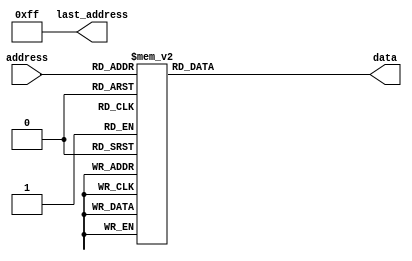
module piano_scale_rom (input [7:0] address, output reg [23:0] data, output [7:0] last_address);
	assign last_address = 255;
	always @ (*) begin
		case(address)
			8'd0: data = 24'd0;
			8'd1: data = 24'd0;
			8'd2: data = 24'd0;
			8'd3: data = 24'd0;
			8'd4: data = 24'd0;
			8'd5: data = 24'd0;
			8'd6: data = 24'd0;
			8'd7: data = 24'd0;
			8'd8: data = 24'd0;
			8'd9: data = 24'd0;
			8'd10: data = 24'd0;
			8'd11: data = 24'd0;
			8'd12: data = 24'd0;
			8'd13: data = 24'd0;
			8'd14: data = 24'd0;
			8'd15: data = 24'd0;
			8'd16: data = 24'd0;
			8'd17: data = 24'd0;
			8'd18: data = 24'd0;
			8'd19: data = 24'd0;
			8'd20: data = 24'd0;
			8'd21: data = 24'd0;
			8'd22: data = 24'd0;
			8'd23: data = 24'd0;
			8'd24: data = 24'd0;
			8'd25: data = 24'd0;
			8'd26: data = 24'd0;
			8'd27: data = 24'd0;
			8'd28: data = 24'd0;
			8'd29: data = 24'd0;
			8'd30: data = 24'd0;
			8'd31: data = 24'd0;
			8'd32: data = 24'd0;
			8'd33: data = 24'd0;
			8'd34: data = 24'd0;
			8'd35: data = 24'd26517;
			8'd36: data = 24'd0;
			8'd37: data = 24'd22298;
			8'd38: data = 24'd17698;
			8'd39: data = 24'd0;
			8'd40: data = 24'd0;
			8'd41: data = 24'd0;
			8'd42: data = 24'd0;
			8'd43: data = 24'd0;
			8'd44: data = 24'd63067;
			8'd45: data = 24'd0;
			8'd46: data = 24'd0;
			8'd47: data = 24'd0;
			8'd48: data = 24'd0;
			8'd49: data = 24'd0;
			8'd50: data = 24'd59527;
			8'd51: data = 24'd53033;
			8'd52: data = 24'd0;
			8'd53: data = 24'd44595;
			8'd54: data = 24'd39730;
			8'd55: data = 24'd35395;
			8'd56: data = 24'd0;
			8'd57: data = 24'd0;
			8'd58: data = 24'd0;
			8'd59: data = 24'd0;
			8'd60: data = 24'd126134;
			8'd61: data = 24'd0;
			8'd62: data = 24'd0;
			8'd63: data = 24'd0;
			8'd64: data = 24'd29764;
			8'd65: data = 24'd0;
			8'd66: data = 24'd168369;
			8'd67: data = 24'd200226;
			8'd68: data = 24'd212132;
			8'd69: data = 24'd25028;
			8'd70: data = 24'd0;
			8'd71: data = 24'd178381;
			8'd72: data = 24'd158920;
			8'd73: data = 24'd15767;
			8'd74: data = 24'd141581;
			8'd75: data = 24'd0;
			8'd76: data = 24'd0;
			8'd77: data = 24'd133635;
			8'd78: data = 24'd150000;
			8'd79: data = 24'd0;
			8'd80: data = 24'd0;
			8'd81: data = 24'd31534;
			8'd82: data = 24'd23624;
			8'd83: data = 24'd238110;
			8'd84: data = 24'd21046;
			8'd85: data = 24'd16704;
			8'd86: data = 24'd188988;
			8'd87: data = 24'd28093;
			8'd88: data = 24'd224746;
			8'd89: data = 24'd18750;
			8'd90: data = 24'd252269;
			8'd91: data = 24'd0;
			8'd92: data = 24'd0;
			8'd93: data = 24'd0;
			8'd94: data = 24'd19865;
			8'd95: data = 24'd0;
			8'd96: data = 24'd0;
			8'd97: data = 24'd0;
			8'd98: data = 24'd84185;
			8'd99: data = 24'd100113;
			8'd100: data = 24'd106066;
			8'd101: data = 24'd50056;
			8'd102: data = 24'd0;
			8'd103: data = 24'd89191;
			8'd104: data = 24'd79460;
			8'd105: data = 24'd31534;
			8'd106: data = 24'd70791;
			8'd107: data = 24'd0;
			8'd108: data = 24'd0;
			8'd109: data = 24'd66817;
			8'd110: data = 24'd75000;
			8'd111: data = 24'd0;
			8'd112: data = 24'd0;
			8'd113: data = 24'd63067;
			8'd114: data = 24'd47247;
			8'd115: data = 24'd119055;
			8'd116: data = 24'd42186;
			8'd117: data = 24'd33409;
			8'd118: data = 24'd94494;
			8'd119: data = 24'd56186;
			8'd120: data = 24'd112373;
			8'd121: data = 24'd37500;
			8'd122: data = 24'd126134;
			8'd123: data = 24'd0;
			8'd124: data = 24'd0;
			8'd125: data = 24'd0;
			8'd126: data = 24'd0;
			8'd127: data = 24'd0;
			8'd128: data = 24'd0;
			8'd129: data = 24'd0;
			8'd130: data = 24'd0;
			8'd131: data = 24'd0;
			8'd132: data = 24'd0;
			8'd133: data = 24'd0;
			8'd134: data = 24'd0;
			8'd135: data = 24'd0;
			8'd136: data = 24'd0;
			8'd137: data = 24'd0;
			8'd138: data = 24'd0;
			8'd139: data = 24'd0;
			8'd140: data = 24'd0;
			8'd141: data = 24'd0;
			8'd142: data = 24'd0;
			8'd143: data = 24'd0;
			8'd144: data = 24'd0;
			8'd145: data = 24'd0;
			8'd146: data = 24'd0;
			8'd147: data = 24'd0;
			8'd148: data = 24'd0;
			8'd149: data = 24'd0;
			8'd150: data = 24'd0;
			8'd151: data = 24'd0;
			8'd152: data = 24'd0;
			8'd153: data = 24'd0;
			8'd154: data = 24'd0;
			8'd155: data = 24'd0;
			8'd156: data = 24'd0;
			8'd157: data = 24'd0;
			8'd158: data = 24'd0;
			8'd159: data = 24'd0;
			8'd160: data = 24'd0;
			8'd161: data = 24'd0;
			8'd162: data = 24'd0;
			8'd163: data = 24'd0;
			8'd164: data = 24'd0;
			8'd165: data = 24'd0;
			8'd166: data = 24'd0;
			8'd167: data = 24'd0;
			8'd168: data = 24'd0;
			8'd169: data = 24'd0;
			8'd170: data = 24'd0;
			8'd171: data = 24'd0;
			8'd172: data = 24'd0;
			8'd173: data = 24'd0;
			8'd174: data = 24'd0;
			8'd175: data = 24'd0;
			8'd176: data = 24'd0;
			8'd177: data = 24'd0;
			8'd178: data = 24'd0;
			8'd179: data = 24'd0;
			8'd180: data = 24'd0;
			8'd181: data = 24'd0;
			8'd182: data = 24'd0;
			8'd183: data = 24'd0;
			8'd184: data = 24'd0;
			8'd185: data = 24'd0;
			8'd186: data = 24'd0;
			8'd187: data = 24'd0;
			8'd188: data = 24'd0;
			8'd189: data = 24'd0;
			8'd190: data = 24'd0;
			8'd191: data = 24'd0;
			8'd192: data = 24'd0;
			8'd193: data = 24'd0;
			8'd194: data = 24'd0;
			8'd195: data = 24'd0;
			8'd196: data = 24'd0;
			8'd197: data = 24'd0;
			8'd198: data = 24'd0;
			8'd199: data = 24'd0;
			8'd200: data = 24'd0;
			8'd201: data = 24'd0;
			8'd202: data = 24'd0;
			8'd203: data = 24'd0;
			8'd204: data = 24'd0;
			8'd205: data = 24'd0;
			8'd206: data = 24'd0;
			8'd207: data = 24'd0;
			8'd208: data = 24'd0;
			8'd209: data = 24'd0;
			8'd210: data = 24'd0;
			8'd211: data = 24'd0;
			8'd212: data = 24'd0;
			8'd213: data = 24'd0;
			8'd214: data = 24'd0;
			8'd215: data = 24'd0;
			8'd216: data = 24'd0;
			8'd217: data = 24'd0;
			8'd218: data = 24'd0;
			8'd219: data = 24'd0;
			8'd220: data = 24'd0;
			8'd221: data = 24'd0;
			8'd222: data = 24'd0;
			8'd223: data = 24'd0;
			8'd224: data = 24'd0;
			8'd225: data = 24'd0;
			8'd226: data = 24'd0;
			8'd227: data = 24'd0;
			8'd228: data = 24'd0;
			8'd229: data = 24'd0;
			8'd230: data = 24'd0;
			8'd231: data = 24'd0;
			8'd232: data = 24'd0;
			8'd233: data = 24'd0;
			8'd234: data = 24'd0;
			8'd235: data = 24'd0;
			8'd236: data = 24'd0;
			8'd237: data = 24'd0;
			8'd238: data = 24'd0;
			8'd239: data = 24'd0;
			8'd240: data = 24'd0;
			8'd241: data = 24'd0;
			8'd242: data = 24'd0;
			8'd243: data = 24'd0;
			8'd244: data = 24'd0;
			8'd245: data = 24'd0;
			8'd246: data = 24'd0;
			8'd247: data = 24'd0;
			8'd248: data = 24'd0;
			8'd249: data = 24'd0;
			8'd250: data = 24'd0;
			8'd251: data = 24'd0;
			8'd252: data = 24'd0;
			8'd253: data = 24'd0;
			8'd254: data = 24'd0;
			8'd255: data = 24'd0;
		endcase
	end
endmodule